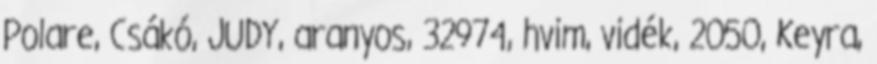
Polare, Csákó, JUDY, aranyos, 32974, hvim, vidék, 2050, Keyra,